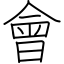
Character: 會